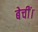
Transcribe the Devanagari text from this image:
बेचीं।